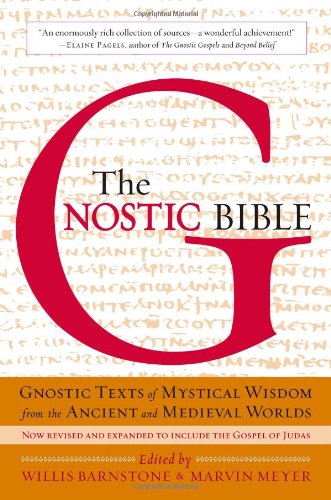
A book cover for The Gnostic Bible: Revised and Expanded Edition; Christian Books & Bibles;